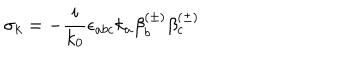
LaTeX: \sigma _ { k } = - \frac i { k _ { 0 } } \epsilon _ { a b c } k _ { a } \beta _ { b } ^ { ( \pm ) } \beta _ { c } ^ { ( \pm ) }